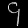
Digit: ၄